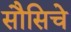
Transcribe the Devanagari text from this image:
सौसिचे